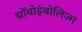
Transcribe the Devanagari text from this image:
थ्रोंबोइंबोलिज्म